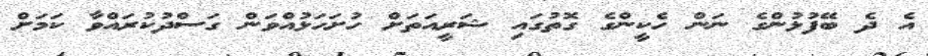
އެ ދެ ބޭފުޅުންގެ ނަން ހެކީންގެ ގޮތުގައި ޝަރީއަތަށް ހުށަހަޅުއްވަން ގަސްދުކުރައްވާ ކަމަށް